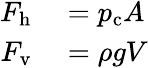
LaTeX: \begin{array}{rl}{F_{\mathrm{h}}}&{{}=p_{\mathrm{c}}A}\\ {F_{\mathrm{v}}}&{{}=\rho gV}\end{array}